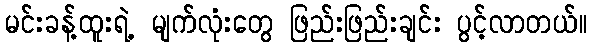
မင်းခန့်ထူးရဲ့ မျက်လုံးတွေ ဖြည်းဖြည်းချင်း ပွင့်လာတယ်။